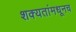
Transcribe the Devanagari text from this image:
शक्यतांमधूनच